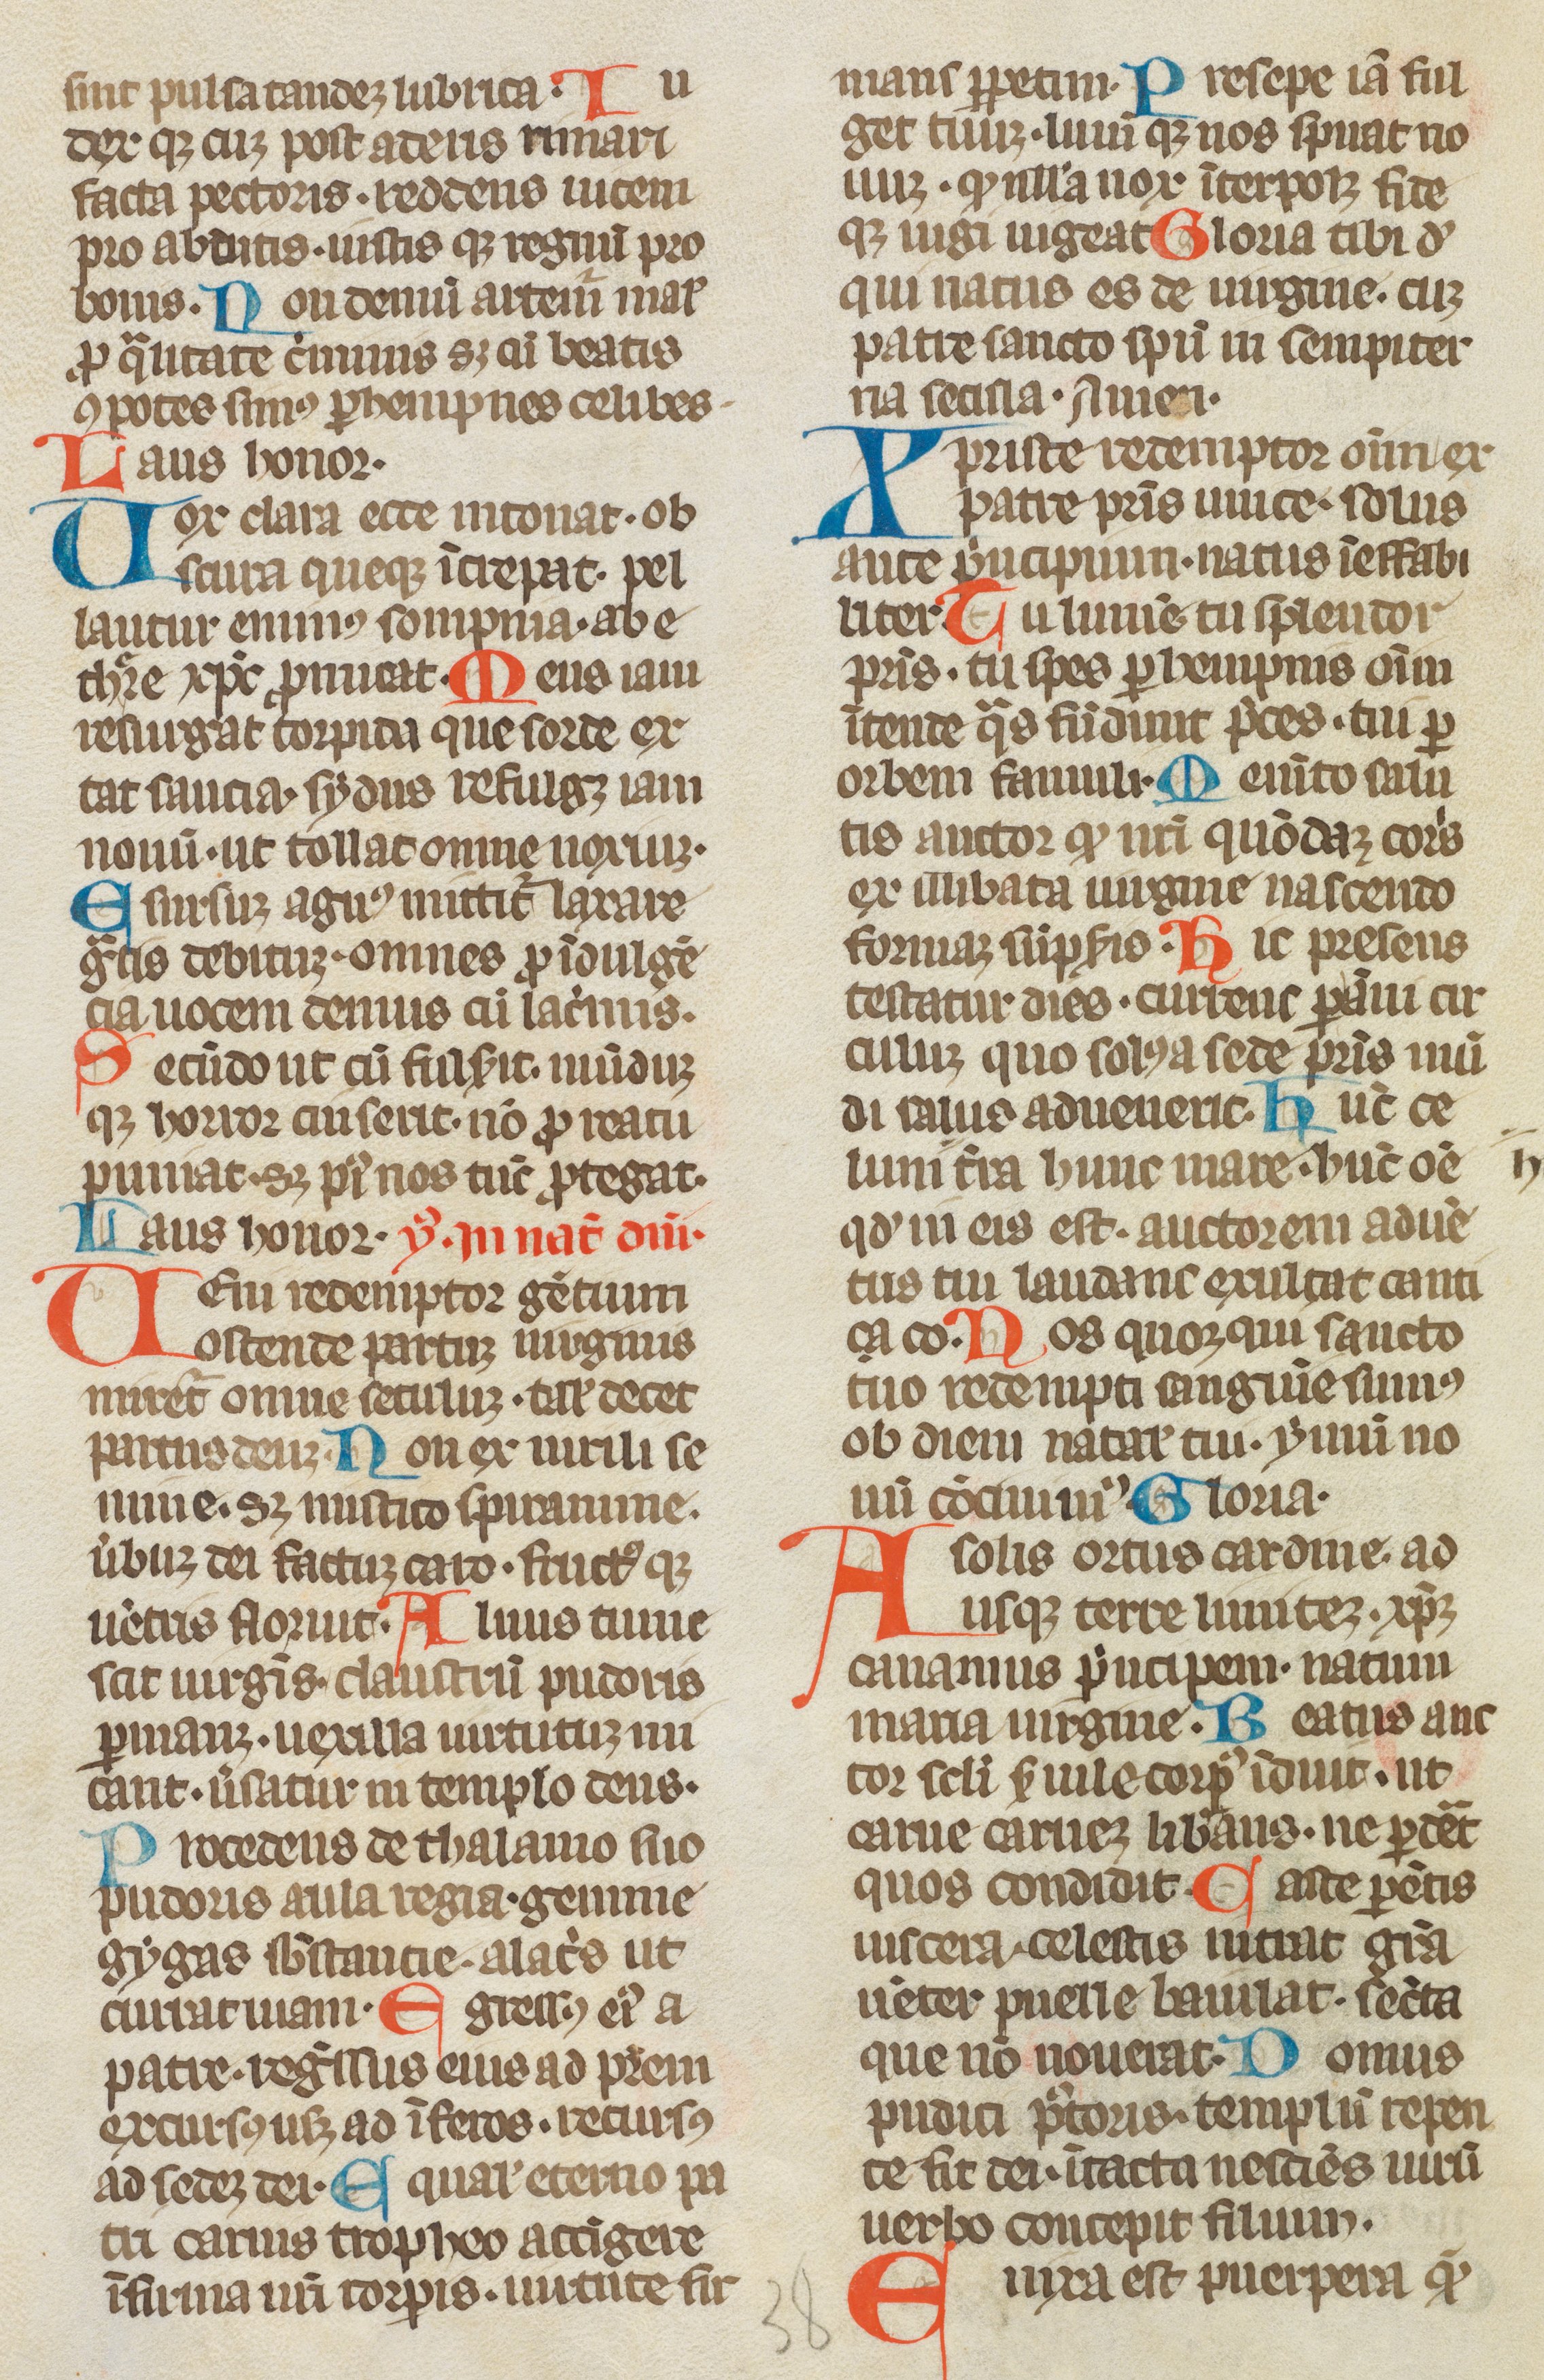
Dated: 1300–1315